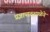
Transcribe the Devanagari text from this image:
प्रज्ञापाठशाळेने